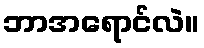
ဘာအရောင်လဲ။